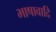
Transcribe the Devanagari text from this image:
भाषावादि